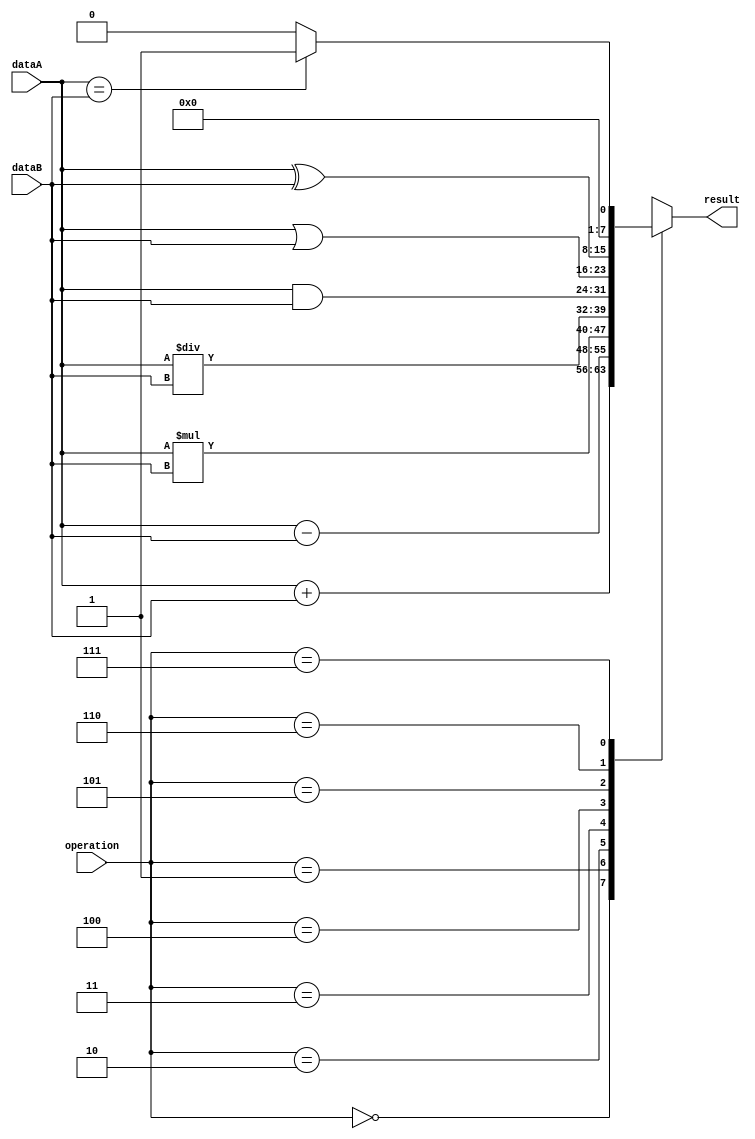
module ALU (
    input [7:0] dataA,
    input [7:0] dataB,
    input [2:0] operation, // Operation selection: 0=Add, 1=Subtract, 2=Multiply, 3=Divide, 4=AND, 5=OR, 6=XOR, 7=Compare, 8=Right Shift, 9=Left Shift
    output reg [7:0] result
);

// Functional blocks
reg [7:0] adder_result;
reg [7:0] subtractor_result;
reg [7:0] multiplier_result;
reg [7:0] divider_result;
reg [7:0] and_result;
reg [7:0] or_result;
reg [7:0] xor_result;
reg [7:0] compare_result;
reg [7:0] right_shift_result;
reg [7:0] left_shift_result;

always @(*)
begin
    case(operation)
        3'b000: result = dataA + dataB; // Adder
        3'b001: result = dataA - dataB; // Subtractor
        3'b010: result = dataA * dataB; // Multiplier
        3'b011: result = dataA / dataB; // Divider
        3'b100: result = dataA & dataB; // AND
        3'b101: result = dataA | dataB; // OR
        3'b110: result = dataA ^ dataB; // XOR
        3'b111: result = (dataA == dataB) ? 1 : 0; // Comparison
        3'b1000: result = dataA >> 1; // Right Shift
        3'b1001: result = dataA << 1; // Left Shift
        default: result = 0; // Default to 0 if operation is not recognized
    endcase
end

endmodule